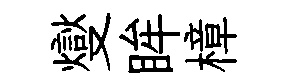
燮眸樟